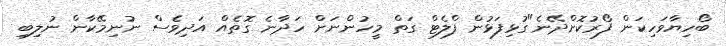
ބޯހިޔާވަހިކަން ފޯރުކޮށްދޭނެ"ގުޅިފަޅުން ފްލެޓް ގަތް މީހުންނަށް ހަދާނެ ގޮތެއް އަދިވެސް ނުނިމޭކާން ނުލިބި